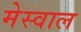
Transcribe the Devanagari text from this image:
मेस्वाल